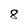
Character: 8